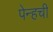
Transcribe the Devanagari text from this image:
पेन्हची